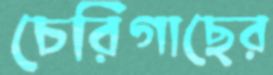
চেরিগাছের